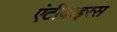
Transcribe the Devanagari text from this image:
एंटीवाइरस